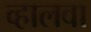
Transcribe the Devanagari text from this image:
व्हालवा